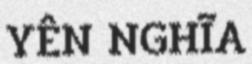
YÊN NGHĨA